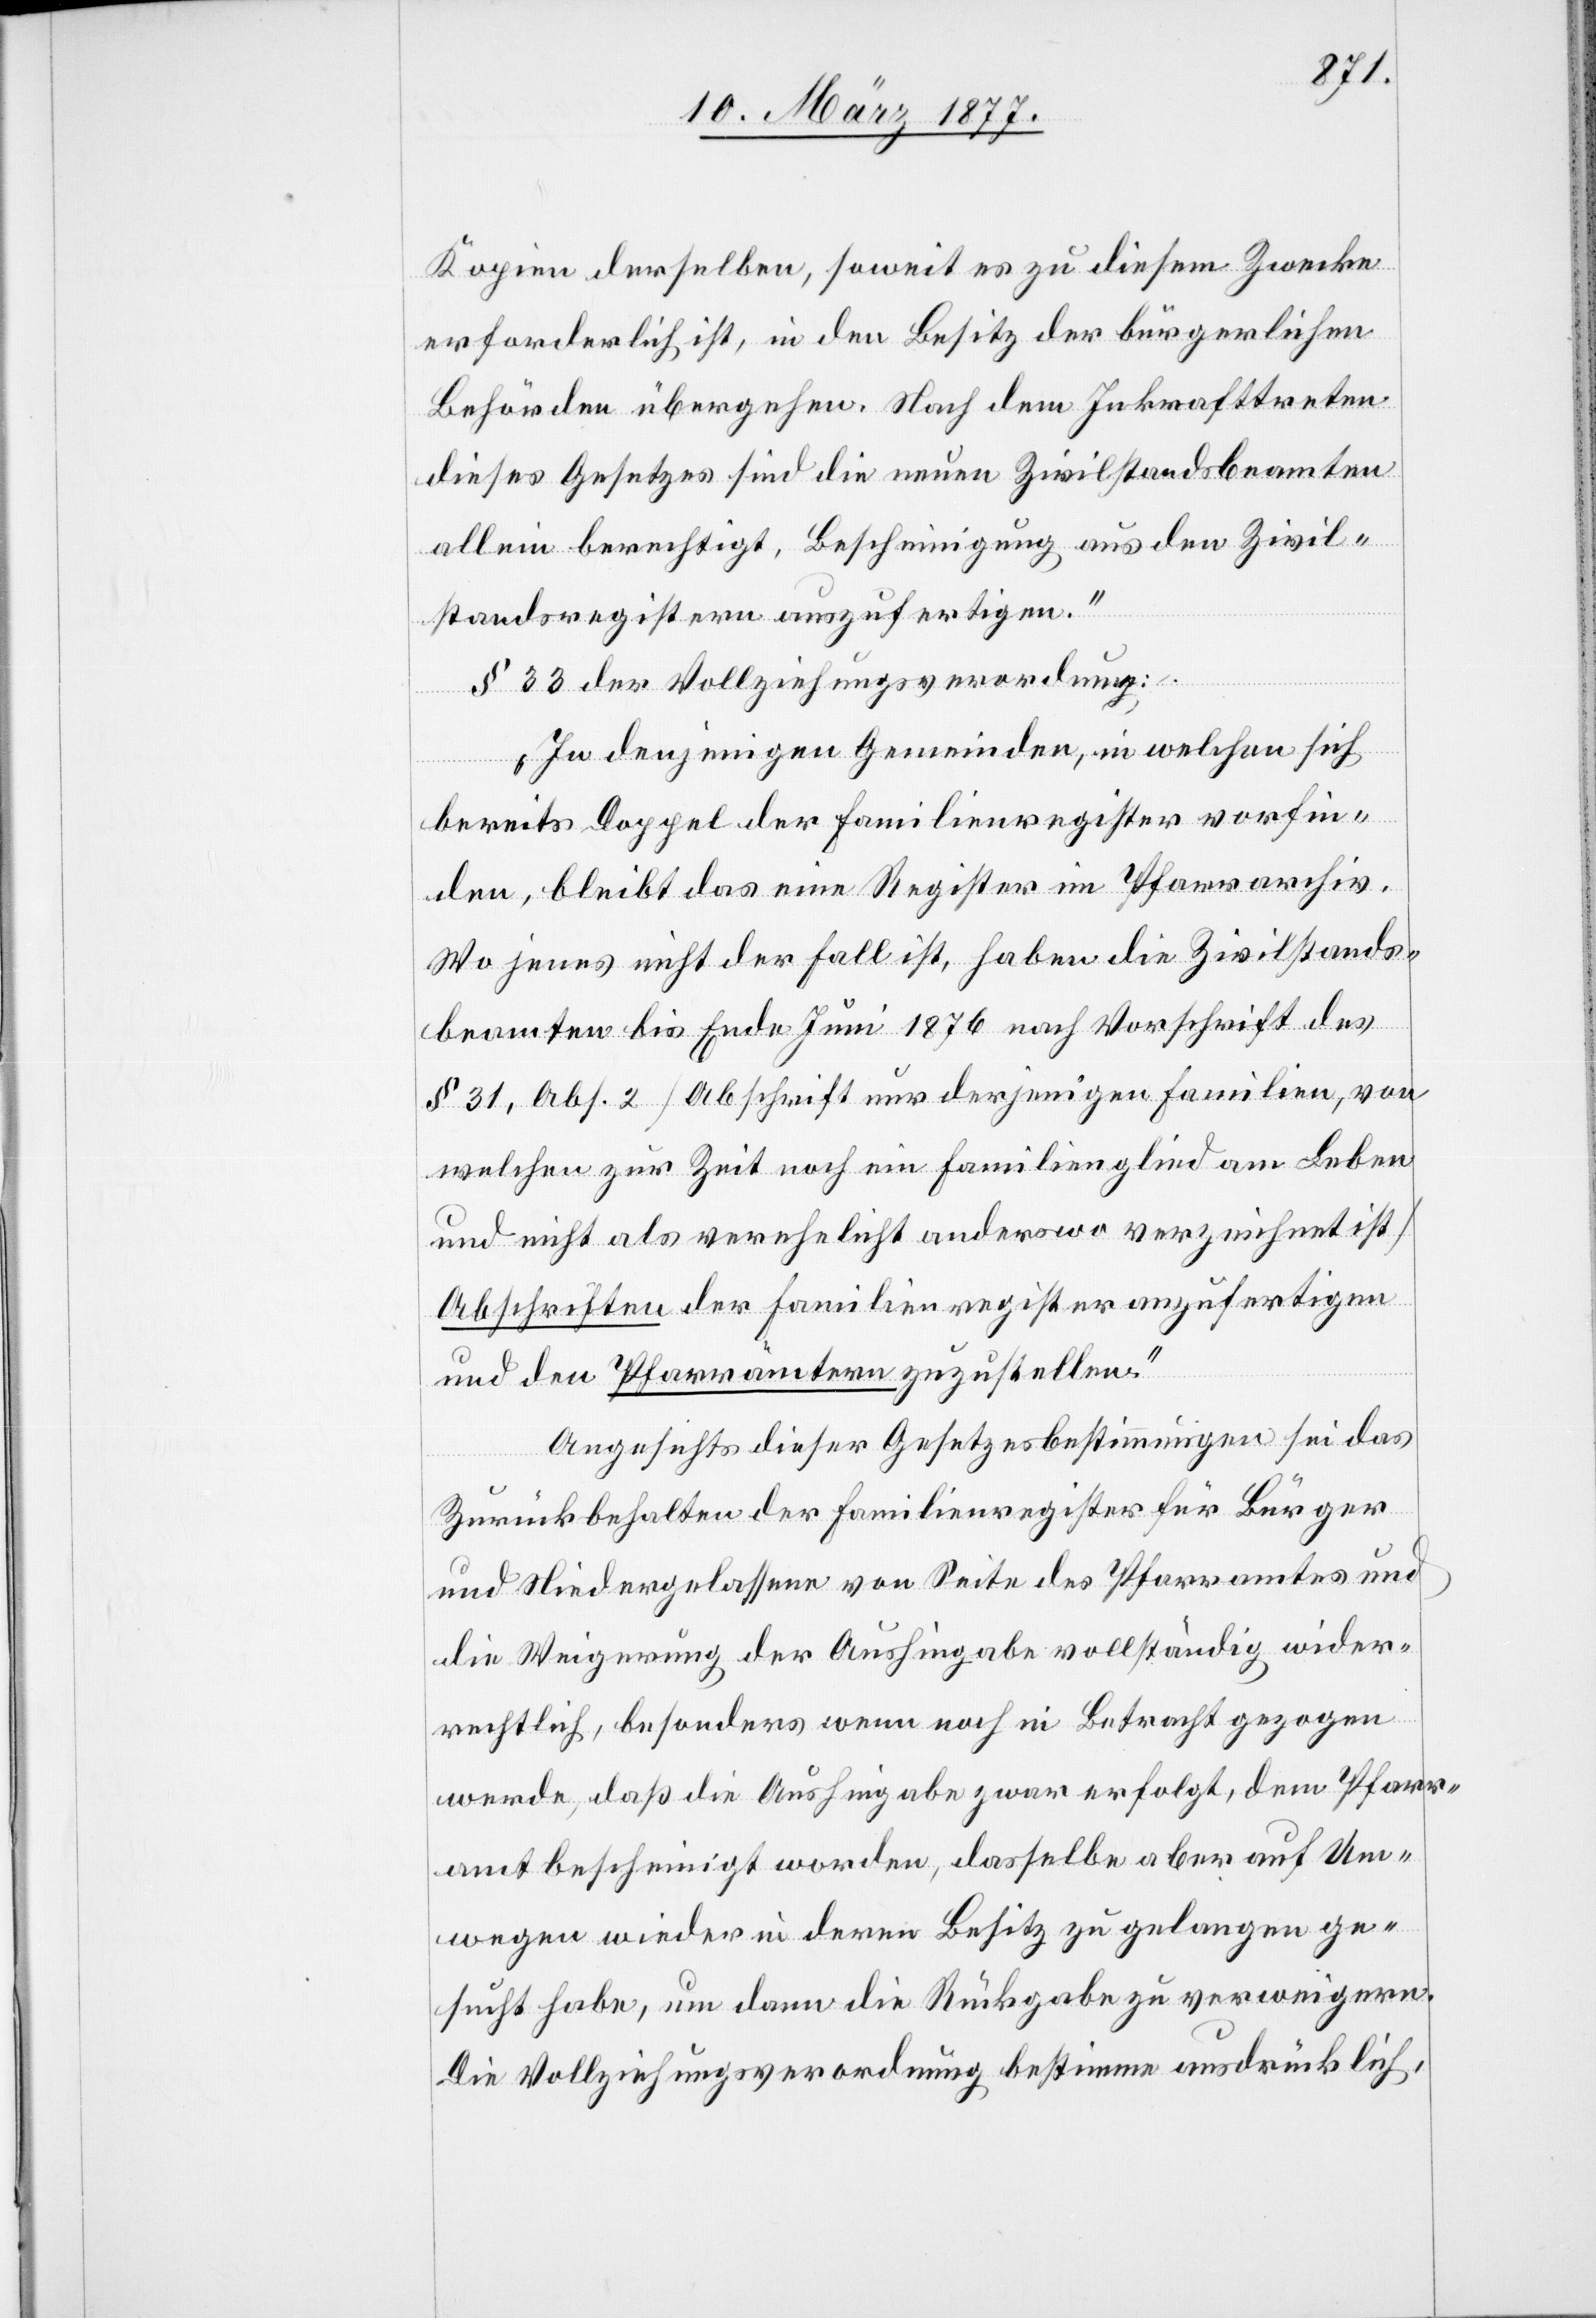
Kopien derselben, soweit es zu diesem Zwecke
erforderlich ist, in den Besitz der bürgerlichen
Behörden übergehen. Nach dem Inkrafttreten
dieses Gesetzes sind die neuen Zivilstandsbeamten
allein berechtigt, Bescheinigung aus den Zivil¬
standsregistern auszufertigen.“
§ 33 der Vollziehungsverordnung:
„In denjenigen Gemeinden, in welchen sich
bereits Doppel der Familienregister vorfin¬
den, bleibt das eine Register im Pfarrarchiv.
Wo jenes nicht der Fall ist, haben die Zivilstands¬
beamten bis Ende Juni 1876 nach Vorschrift des
§ 31, Abs. 2 [Abschrift nur derjenigen Familien, von
welchen zur Zeit noch ein Familienglied am Leben
und nicht als verehelicht anderswo verzeichnet ist]
Abschriften der Familienregister anzufertigen
und den Pfarrämtern zuzustellen.“
Angesichts dieser Gesetzesbestimmungen sei das
Zurückbehalten der Familienregister für Bürger
und Niedergelassene von Seite des Pfarramtes und
die Weigerung der Aushingabe vollständig wider¬
rechtlich, besonders wenn noch in Betracht gezogen
werde, daß die Aushingabe zwar erfolgt, dem Pfarr¬
amt bescheinigt worden, dasselbe aber auf Um¬
wegen wieder in deren Besitz zu gelangen ge¬
sucht habe, um dann die Rückgabe zu verweigern.
Die Vollziehungsverordnung bestimme ausdrücklich,